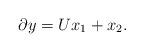
LaTeX: \begin{align*} \partial y = U x_1 + x_2.\end{align*}